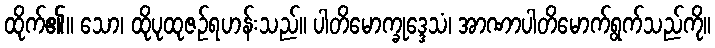
ထိုက်၏။ သော၊ ထိုပုထုဇဉ်ရဟန်းသည်။ ပါတိမောက္ခုဒ္ဒေသံ၊ အာဏာပါတိမောက်ရွက်သည်ကို။